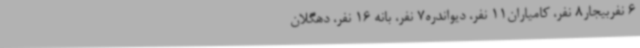
6 نفربیجار8 نفر، کامیاران11 نفر، دیواندره7 نفر، بانه 16 نفر، دهگلان